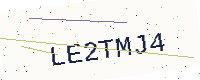
Text: LE2TMJ4